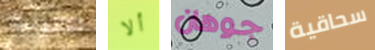
القانونية ألا جوهان سحاقية